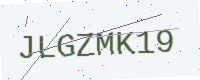
Text: JLGZMK19